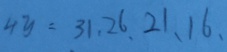
4 y = 3 1 、 2 6 、 2 1 、 1 6 、